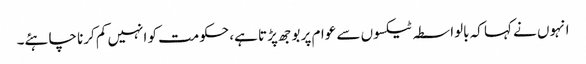
انہوں نے کہا کہ بالواسطہ ٹیکسوں سے عوام پر بوجھ پڑتا ہے، حکومت کو انہیں کم کرنا چاہئے۔